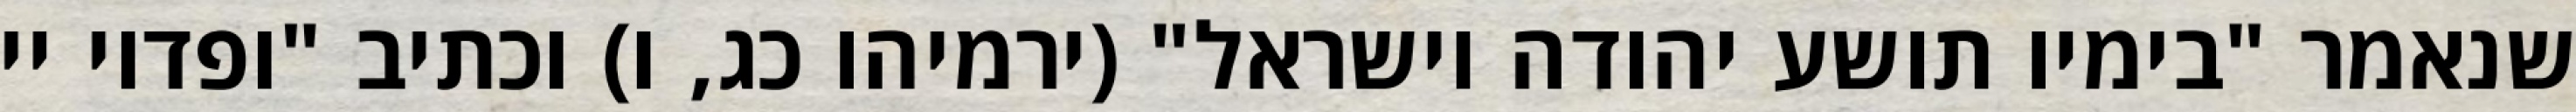
שנאמר "בימיו תושע יהודה וישראל" (ירמיהו כג, ו) וכתיב "ופדוי יי